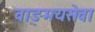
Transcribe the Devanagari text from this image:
वाङ्‌मयसेवा